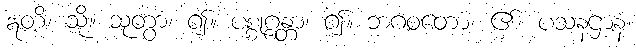
ဣတိ၊ သို့။ သုတွာ၊ ၍။ ပစ္စုဂ္ဂန္တာ၊ ၍။ ဘဂဝတော၊ ၏။ ပသနဌာနံ၊